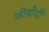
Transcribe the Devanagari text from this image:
जीयौर्दी